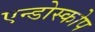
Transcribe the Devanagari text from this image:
एन्डोस्कोप